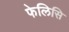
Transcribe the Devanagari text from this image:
फेलिसि